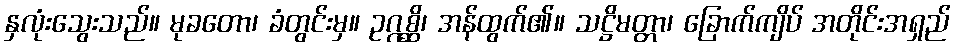
နှလုံးသွေးသည်။ မုခတော၊ ခံတွင်းမှ။ ဥဂ္ဂစ္ဆိ၊ အန်ထွက်၏။ သဋ္ဌိမတ္တာ၊ ခြောက်ကျိပ် အတိုင်းအရှည်